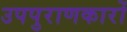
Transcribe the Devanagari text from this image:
उपपुराणकारों